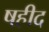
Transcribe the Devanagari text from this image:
षहीद